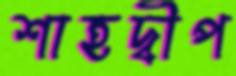
শাহদ্বীপ